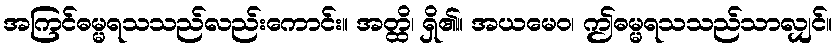
အကြင်ဓမ္မရသသည်လည်းကောင်း။ အတ္ထိ၊ ရှိ၏။ အယမေဝ၊ ဤဓမ္မရသသည်သာလျှင်။